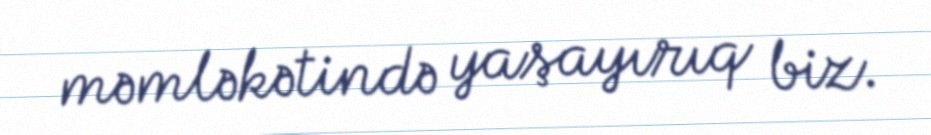
məmləkətində yaşayırıq biz.